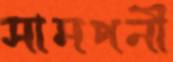
সামপনী